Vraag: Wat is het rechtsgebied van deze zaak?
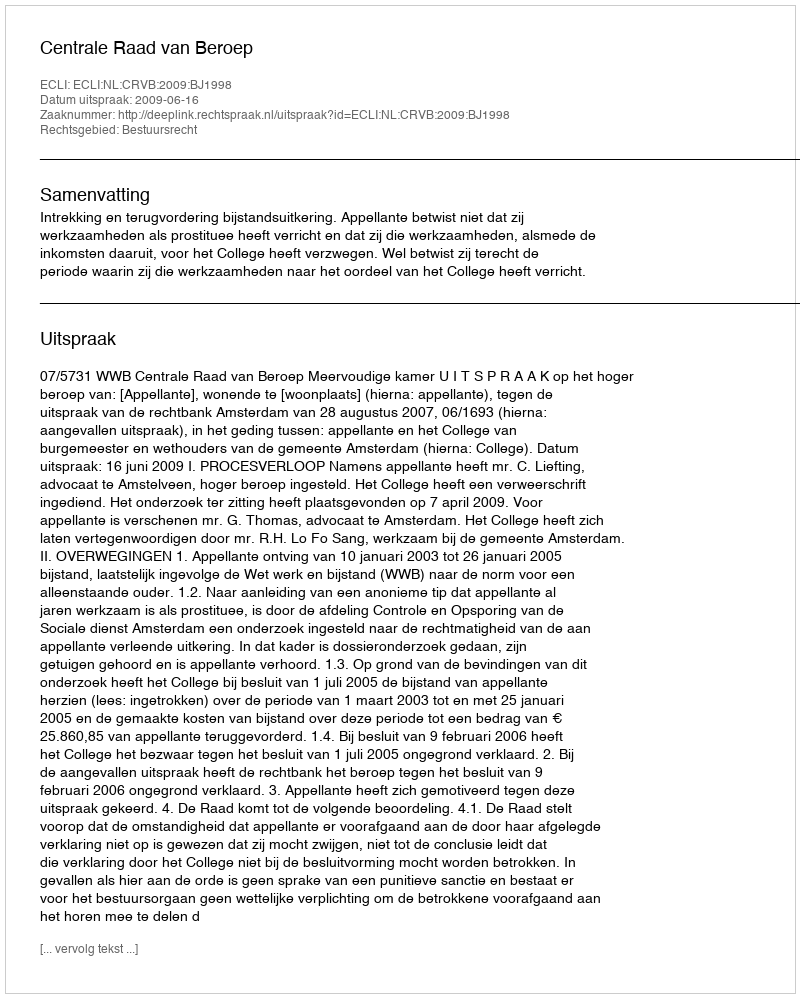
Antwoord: Bestuursrecht